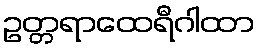
ဥတ္တရာထေရီဂါထာ